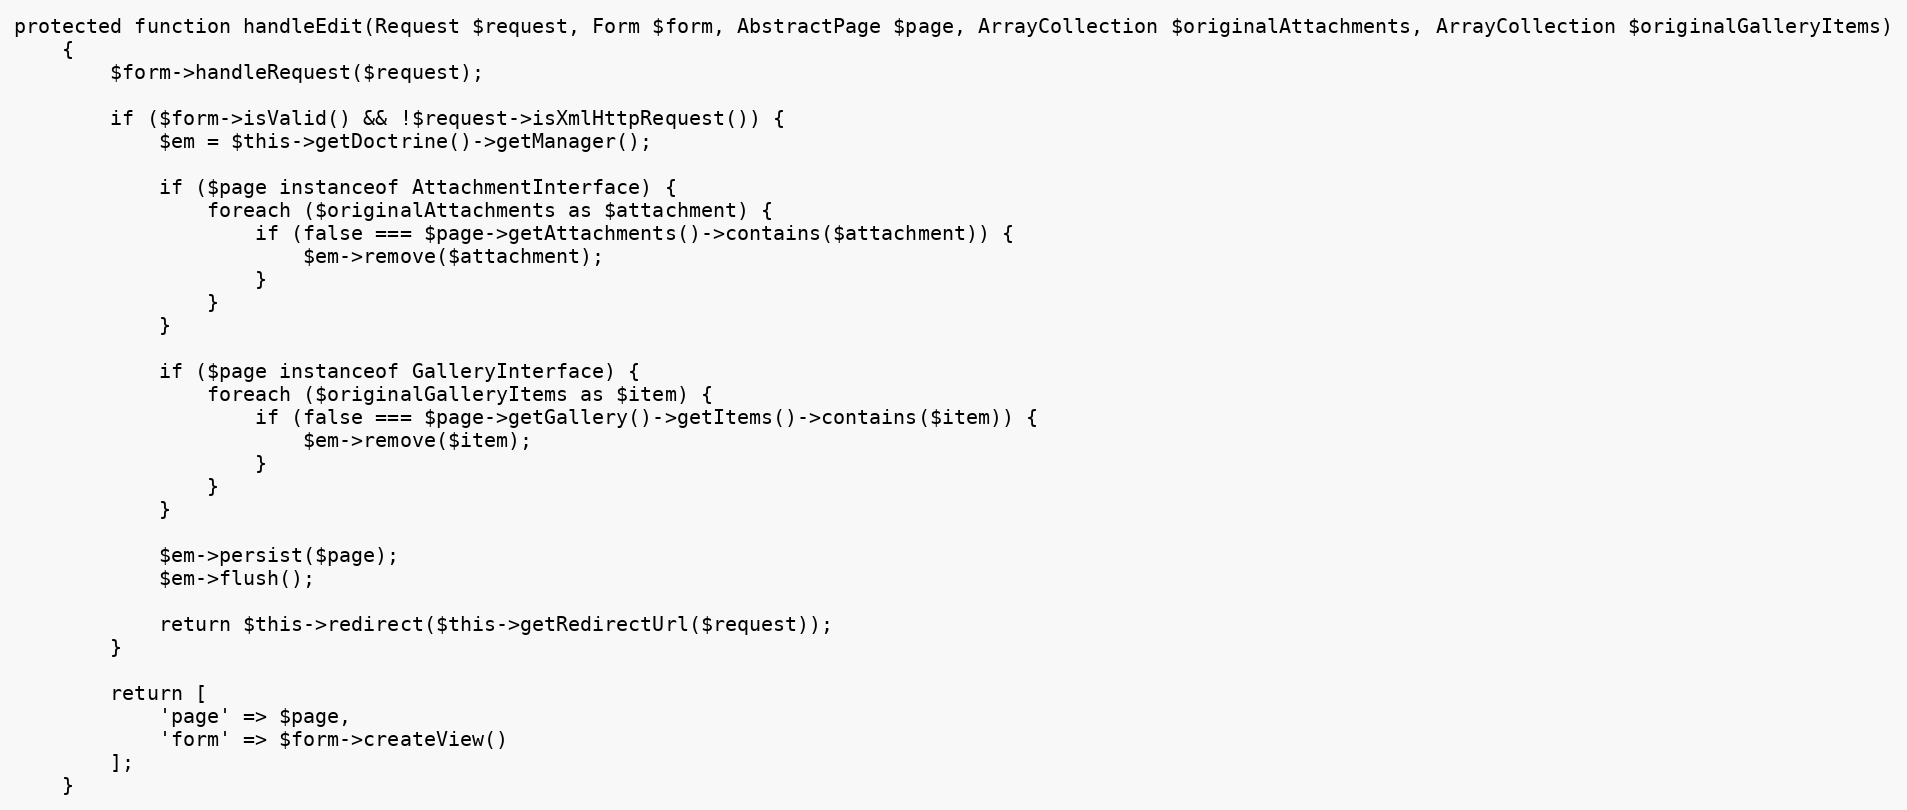
Language: PHP
protected function handleEdit(Request $request, Form $form, AbstractPage $page, ArrayCollection $originalAttachments, ArrayCollection $originalGalleryItems)
    {
        $form->handleRequest($request);

        if ($form->isValid() && !$request->isXmlHttpRequest()) {
            $em = $this->getDoctrine()->getManager();

            if ($page instanceof AttachmentInterface) {
                foreach ($originalAttachments as $attachment) {
                    if (false === $page->getAttachments()->contains($attachment)) {
                        $em->remove($attachment);
                    }
                }
            }

            if ($page instanceof GalleryInterface) {
                foreach ($originalGalleryItems as $item) {
                    if (false === $page->getGallery()->getItems()->contains($item)) {
                        $em->remove($item);
                    }
                }
            }

            $em->persist($page);
            $em->flush();

            return $this->redirect($this->getRedirectUrl($request));
        }

        return [
            'page' => $page,
            'form' => $form->createView()
        ];
    }